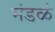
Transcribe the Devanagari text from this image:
मंडळं